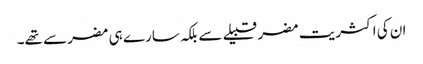
ان کی اکثریت مضر قبیلے سے بلکہ سارے ہی مضر سے تھے۔